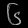
Digit: ၆